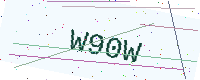
Text: W90W